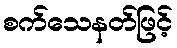
စက်သေနတ်ဖြင့်